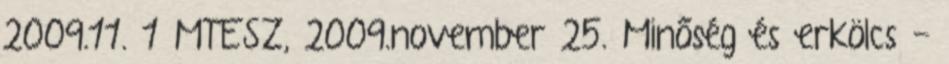
2009.11. 1 MTESZ, 2009.november 25. Minőség és erkölcs -